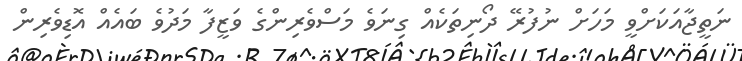
ނަތީޖާއަކަށްވީ މަހަށް ނުފުރޭ ދޯނިތަކެއް ގިނަވެ މަސްވެރިންގެ ވަޒީފާ މަދުވެ ބައެއް އޮޑިވެރިން